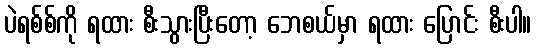
ပဲရစ်စ်ကို ရထား စီးသွားပြီးတော့ ဘေစယ်မှာ ရထား ပြောင်း စီးပါ။